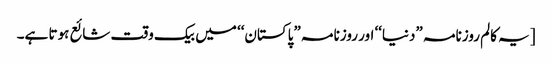
[یہ کالم روزنامہ ”دنیا‘‘ اور روزنامہ ”پاکستان‘‘ میں بیک وقت شائع ہوتا ہے۔